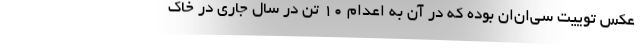
عکس توییت سی‌ان‌ان بوده که در آن به اعدام ۱۰ تن در سال جاری در خاک